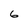
Character: 6